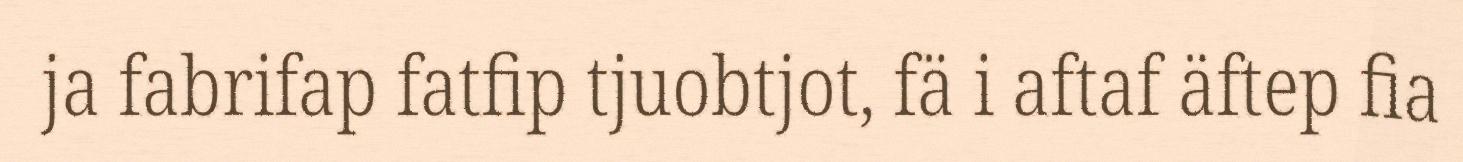
ja fabrifap fatfip tjuobtjot, fä i aftaf äftep fia